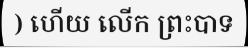
) ហើយ លើក ព្រះបាទ